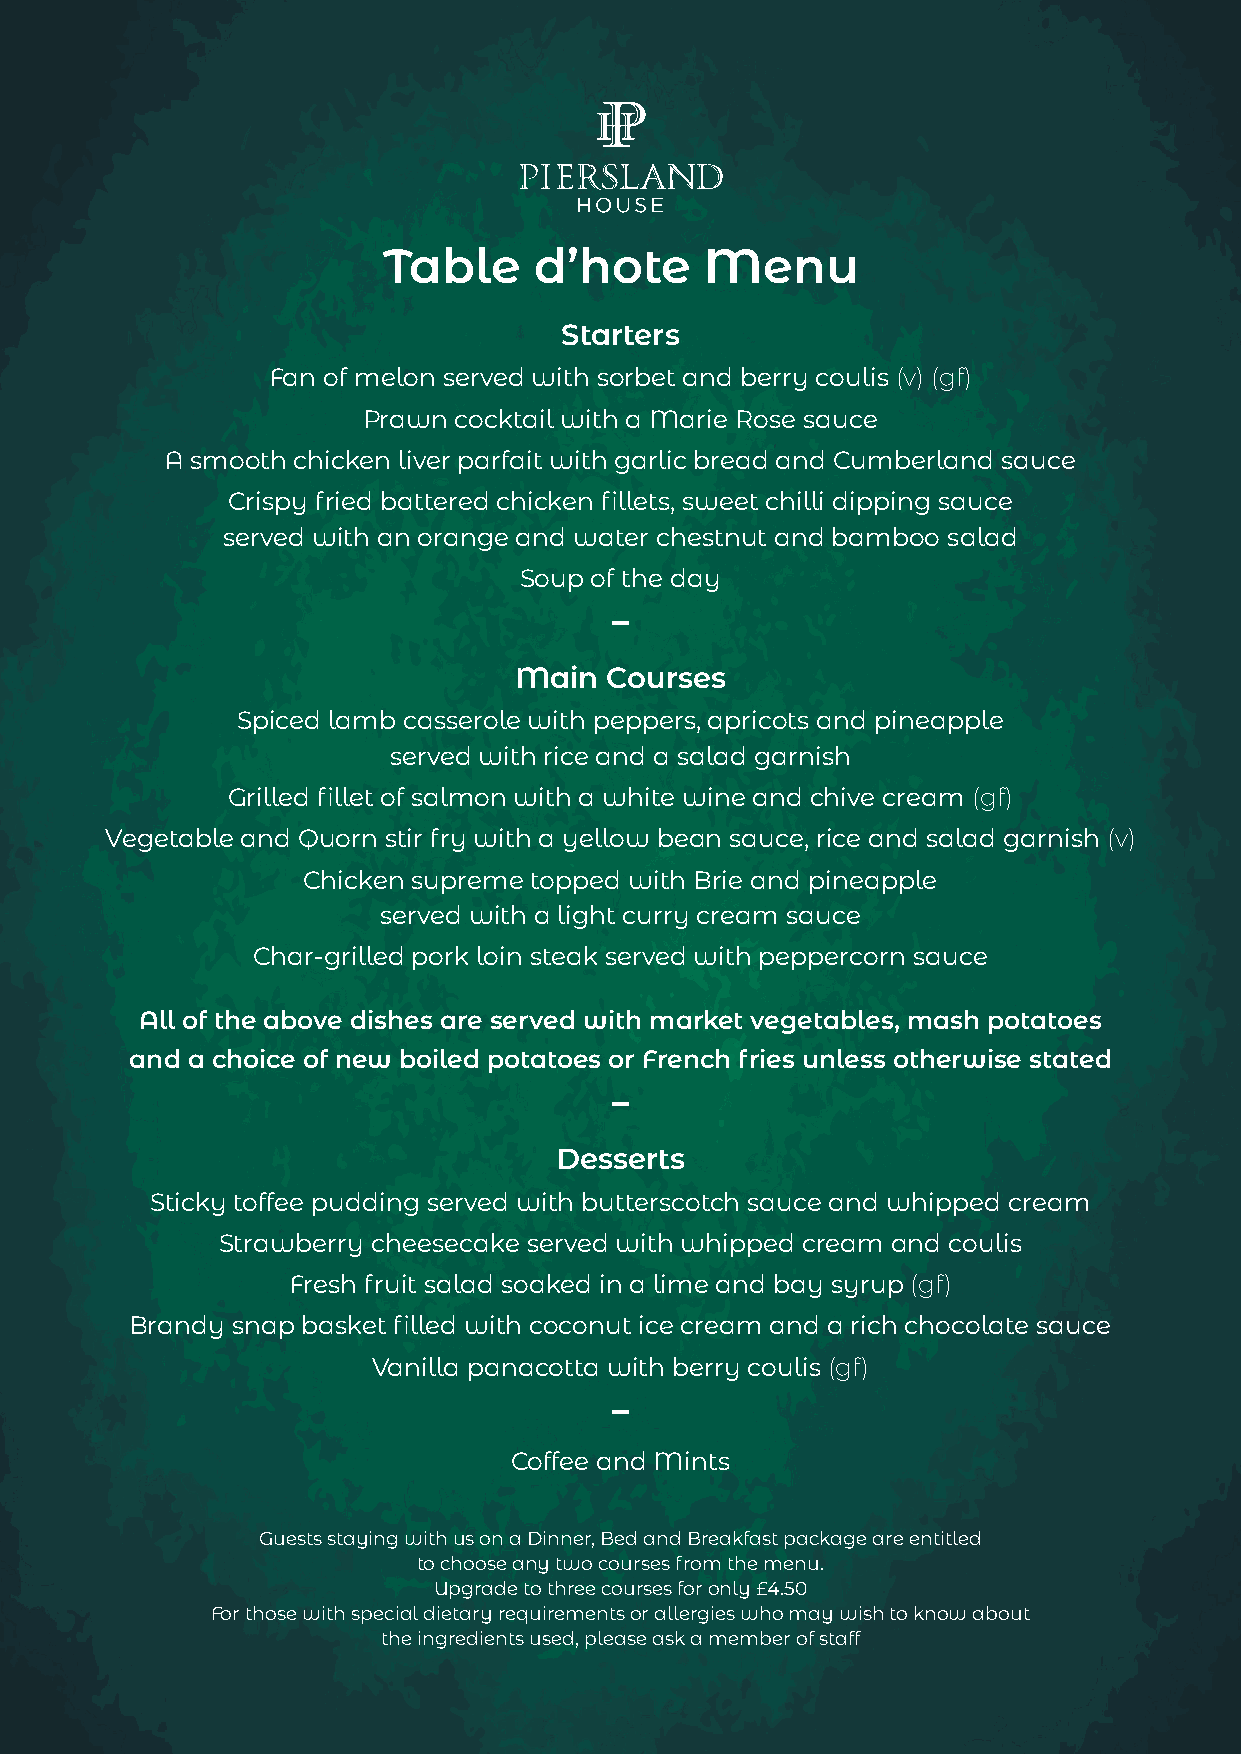
Table     d’hote      Menu
 Starters
 Fan of melon served with sorbet and berry coulis (v) (gf)
 Prawn cocktail with a Marie Rose sauce
 A smooth chicken liver parfait with garlic bread and Cumberland sauce
 Crispy fried battered chicken fillets, sweet chilli dipping sauce
 served with an orange and water chestnut and bamboo salad
 Soup of the day
 -
 Main  Courses
 Spiced lamb casserole with peppers, apricots and pineapple
 served with rice and a salad garnish
 Grilled fillet of salmon with a white wine and chive cream (gf)
 Vegetable and Quorn stir fry with a yellow bean sauce, rice and salad garnish (v)
 Chicken supreme topped with Brie and pineapple
 served with a light curry cream sauce
 Char-grilled pork loin steak served with peppercorn sauce
 All of the above dishes are served with market vegetables, mash potatoes
 and a choice of new boiled potatoes or French fries unless otherwise stated
 -
 Desserts
 Sticky toffee pudding served with butterscotch sauce and whipped cream
 Strawberry cheesecake served with whipped cream and coulis
 Fresh fruit salad soaked in a lime and bay syrup (gf)
 Brandy snap basket filled with coconut ice cream and a rich chocolate sauce
 Vanilla panacotta with berry coulis (gf)
 -
 Coffee and Mints
 Guests staying with us on a Dinner, Bed and Breakfast package are entitled
 to choose any two courses from the menu.
 Upgrade to three courses for only £4.50
 For those with special dietary requirements or allergies who may wish to know about
 the ingredients used, please ask a member of staff